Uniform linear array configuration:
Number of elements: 12
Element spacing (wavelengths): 0.25
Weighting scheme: hann
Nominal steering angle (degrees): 60
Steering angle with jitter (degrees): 58.06
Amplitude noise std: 0.05
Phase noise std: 0.05

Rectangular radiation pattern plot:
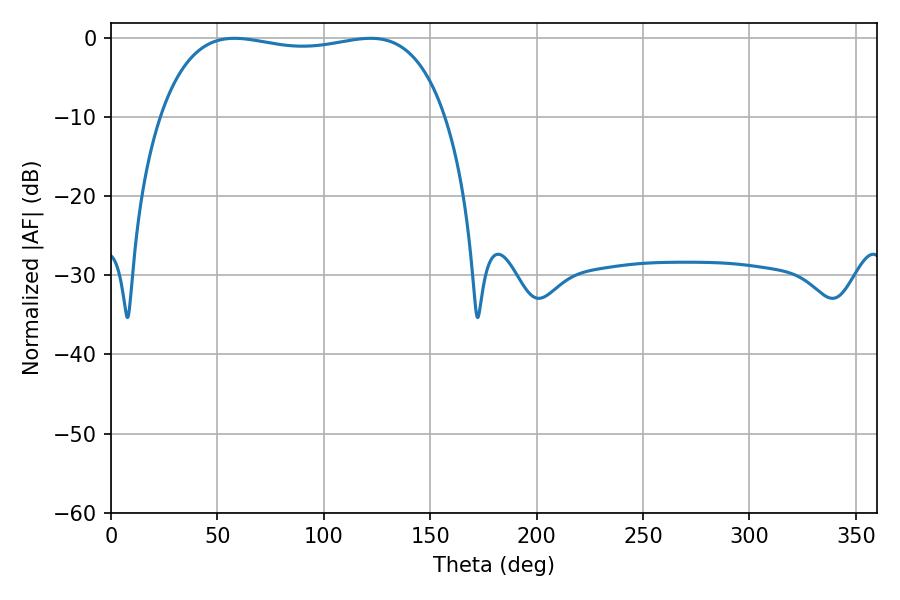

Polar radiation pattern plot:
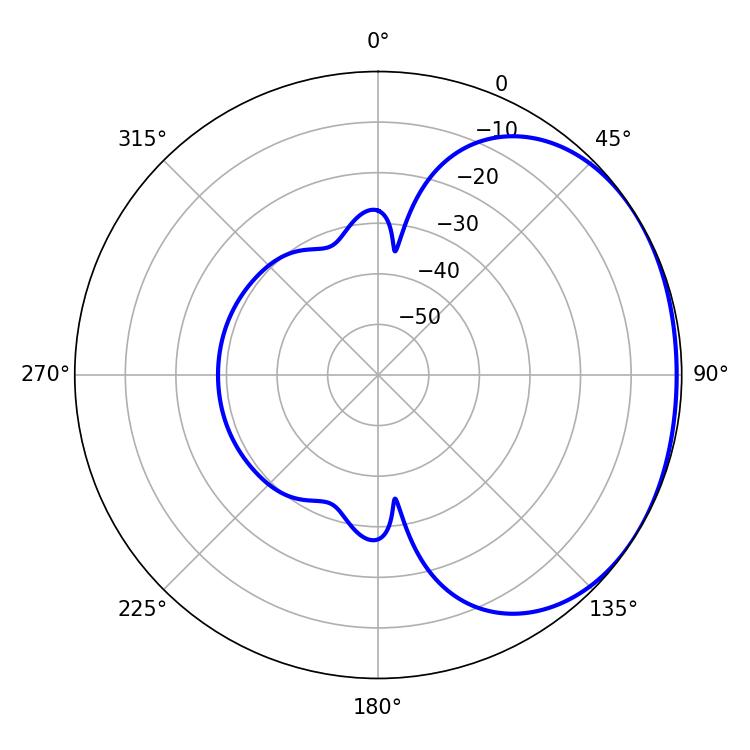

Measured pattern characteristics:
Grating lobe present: FALSE
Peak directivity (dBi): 1.314
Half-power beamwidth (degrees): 108
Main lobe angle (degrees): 57.96